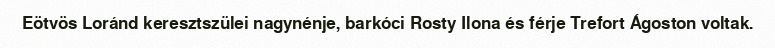
Eötvös Loránd keresztszülei nagynénje, barkóci Rosty Ilona és férje Trefort Ágoston voltak.